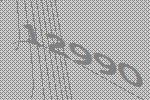
12990